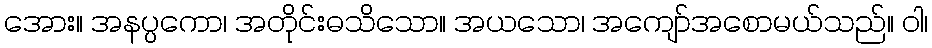
အေား။ အနပ္ပကော၊ အတိုင်းဓသိသော။ အယသော၊ အကျော်အစောမယ်သည်။ ဝါ၊